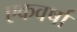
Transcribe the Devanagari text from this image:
एकवर्षा